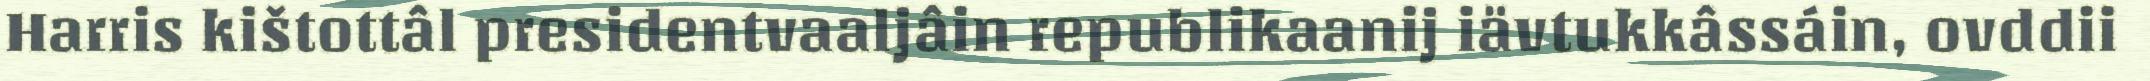
Harris kištottâl presidentvaaljâin republikaanij iävtukkâssáin, ovddii